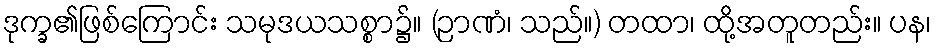
ဒုက္ခ၏ဖြစ်ကြောင်း သမုဒယသစ္စာ၌။ (ဉာဏံ၊ သည်။) တထာ၊ ထို့အတူတည်း။ ပန၊